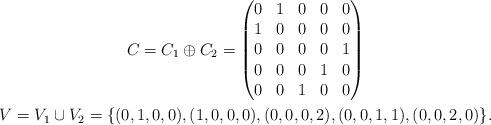
LaTeX: \begin{gather*} C= C_1 \oplus C_2 = \begin{pmatrix} 0 & 1 & 0 & 0 & 0\\ 1 & 0 & 0 & 0 & 0\\ 0 & 0 & 0 & 0 & 1\\ 0 & 0 & 0 & 1 & 0\\ 0 & 0 & 1 & 0 & 0 \end{pmatrix}\\ V = V_1 \cup V_2 = \{(0,1,0,0),(1,0,0,0), (0,0,0,2),(0,0,1,1),(0,0,2,0)\}.\end{gather*}